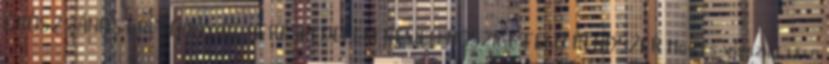
GRÓSZ JÁNOS ÉPÍTÕANYAG-KERESKEDELEM REVCO HÕSZIGETELÕ RENDSZER Hõ- és vízszigetelõ